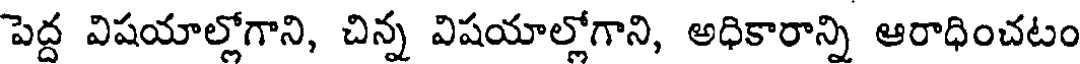
పెద్ద విషయాల్లోగాని, చిన్న విషయాల్లోగాని, అధికారాన్ని ఆరాధించటం